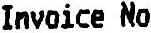
INVOICE NO